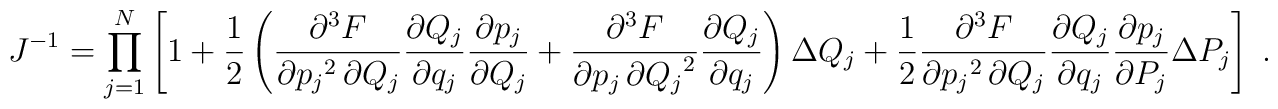
J^{-1} = \prod_{j=1}^{N} \left [ 1 +\frac{1}{2} \left ( \frac{ \partial^3F}{ \partial {p_j}^2 \, \partial Q_j } \frac{ \partial Q_j }{ \partial q_j}\frac{ \partial p_j}{ \partial Q_j } + \frac{ \partial^3 F}{ \partial p_j\, \partial {Q_j}^2 } \frac{ \partial Q_j }{\partial q_j} \right ) \Delta Q_j+ \frac{1}{2} \frac{ \partial^3 F}{ \partial {p_j}^2 \, \partial Q_j}\frac{ \partial Q_j}{ \partial q_j} \frac{ \partial p_j }{ \partial P_j}\Delta P_j\right ]\; .